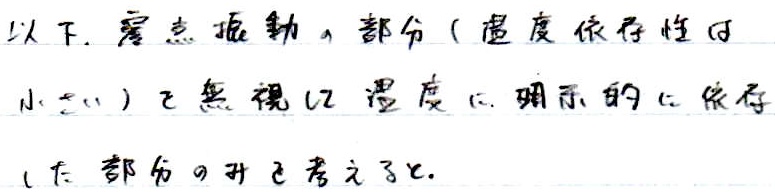
以下，零点振動の部分（温度依存性は小さい）を無視し，温度に明示的に依存しない部分のみを考えた。